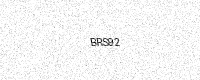
Text: BRS92